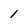
Character: 1